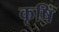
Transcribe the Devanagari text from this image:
कृषिं